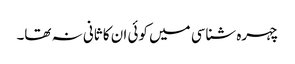
چہرہ شناسی میں کوئی ان کا ثانی نہ تھا۔